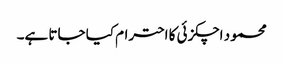
محمود اچکزئی کا احترام کیا جاتا ہے۔